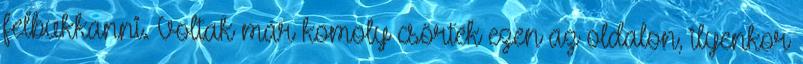
felbukkanni. Voltak már komoly csörték ezen az oldalon, ilyenkor